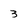
Character: 3